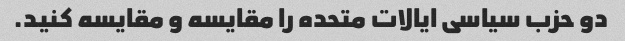
دو حزب سیاسی ایالات متحده را مقایسه و مقایسه کنید.